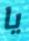
يا